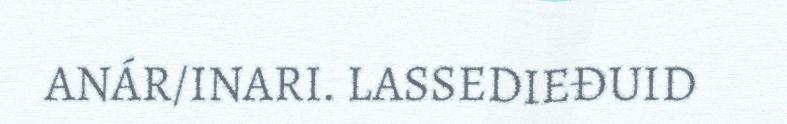
ANÁR/INARI. LASSEDIEĐUID